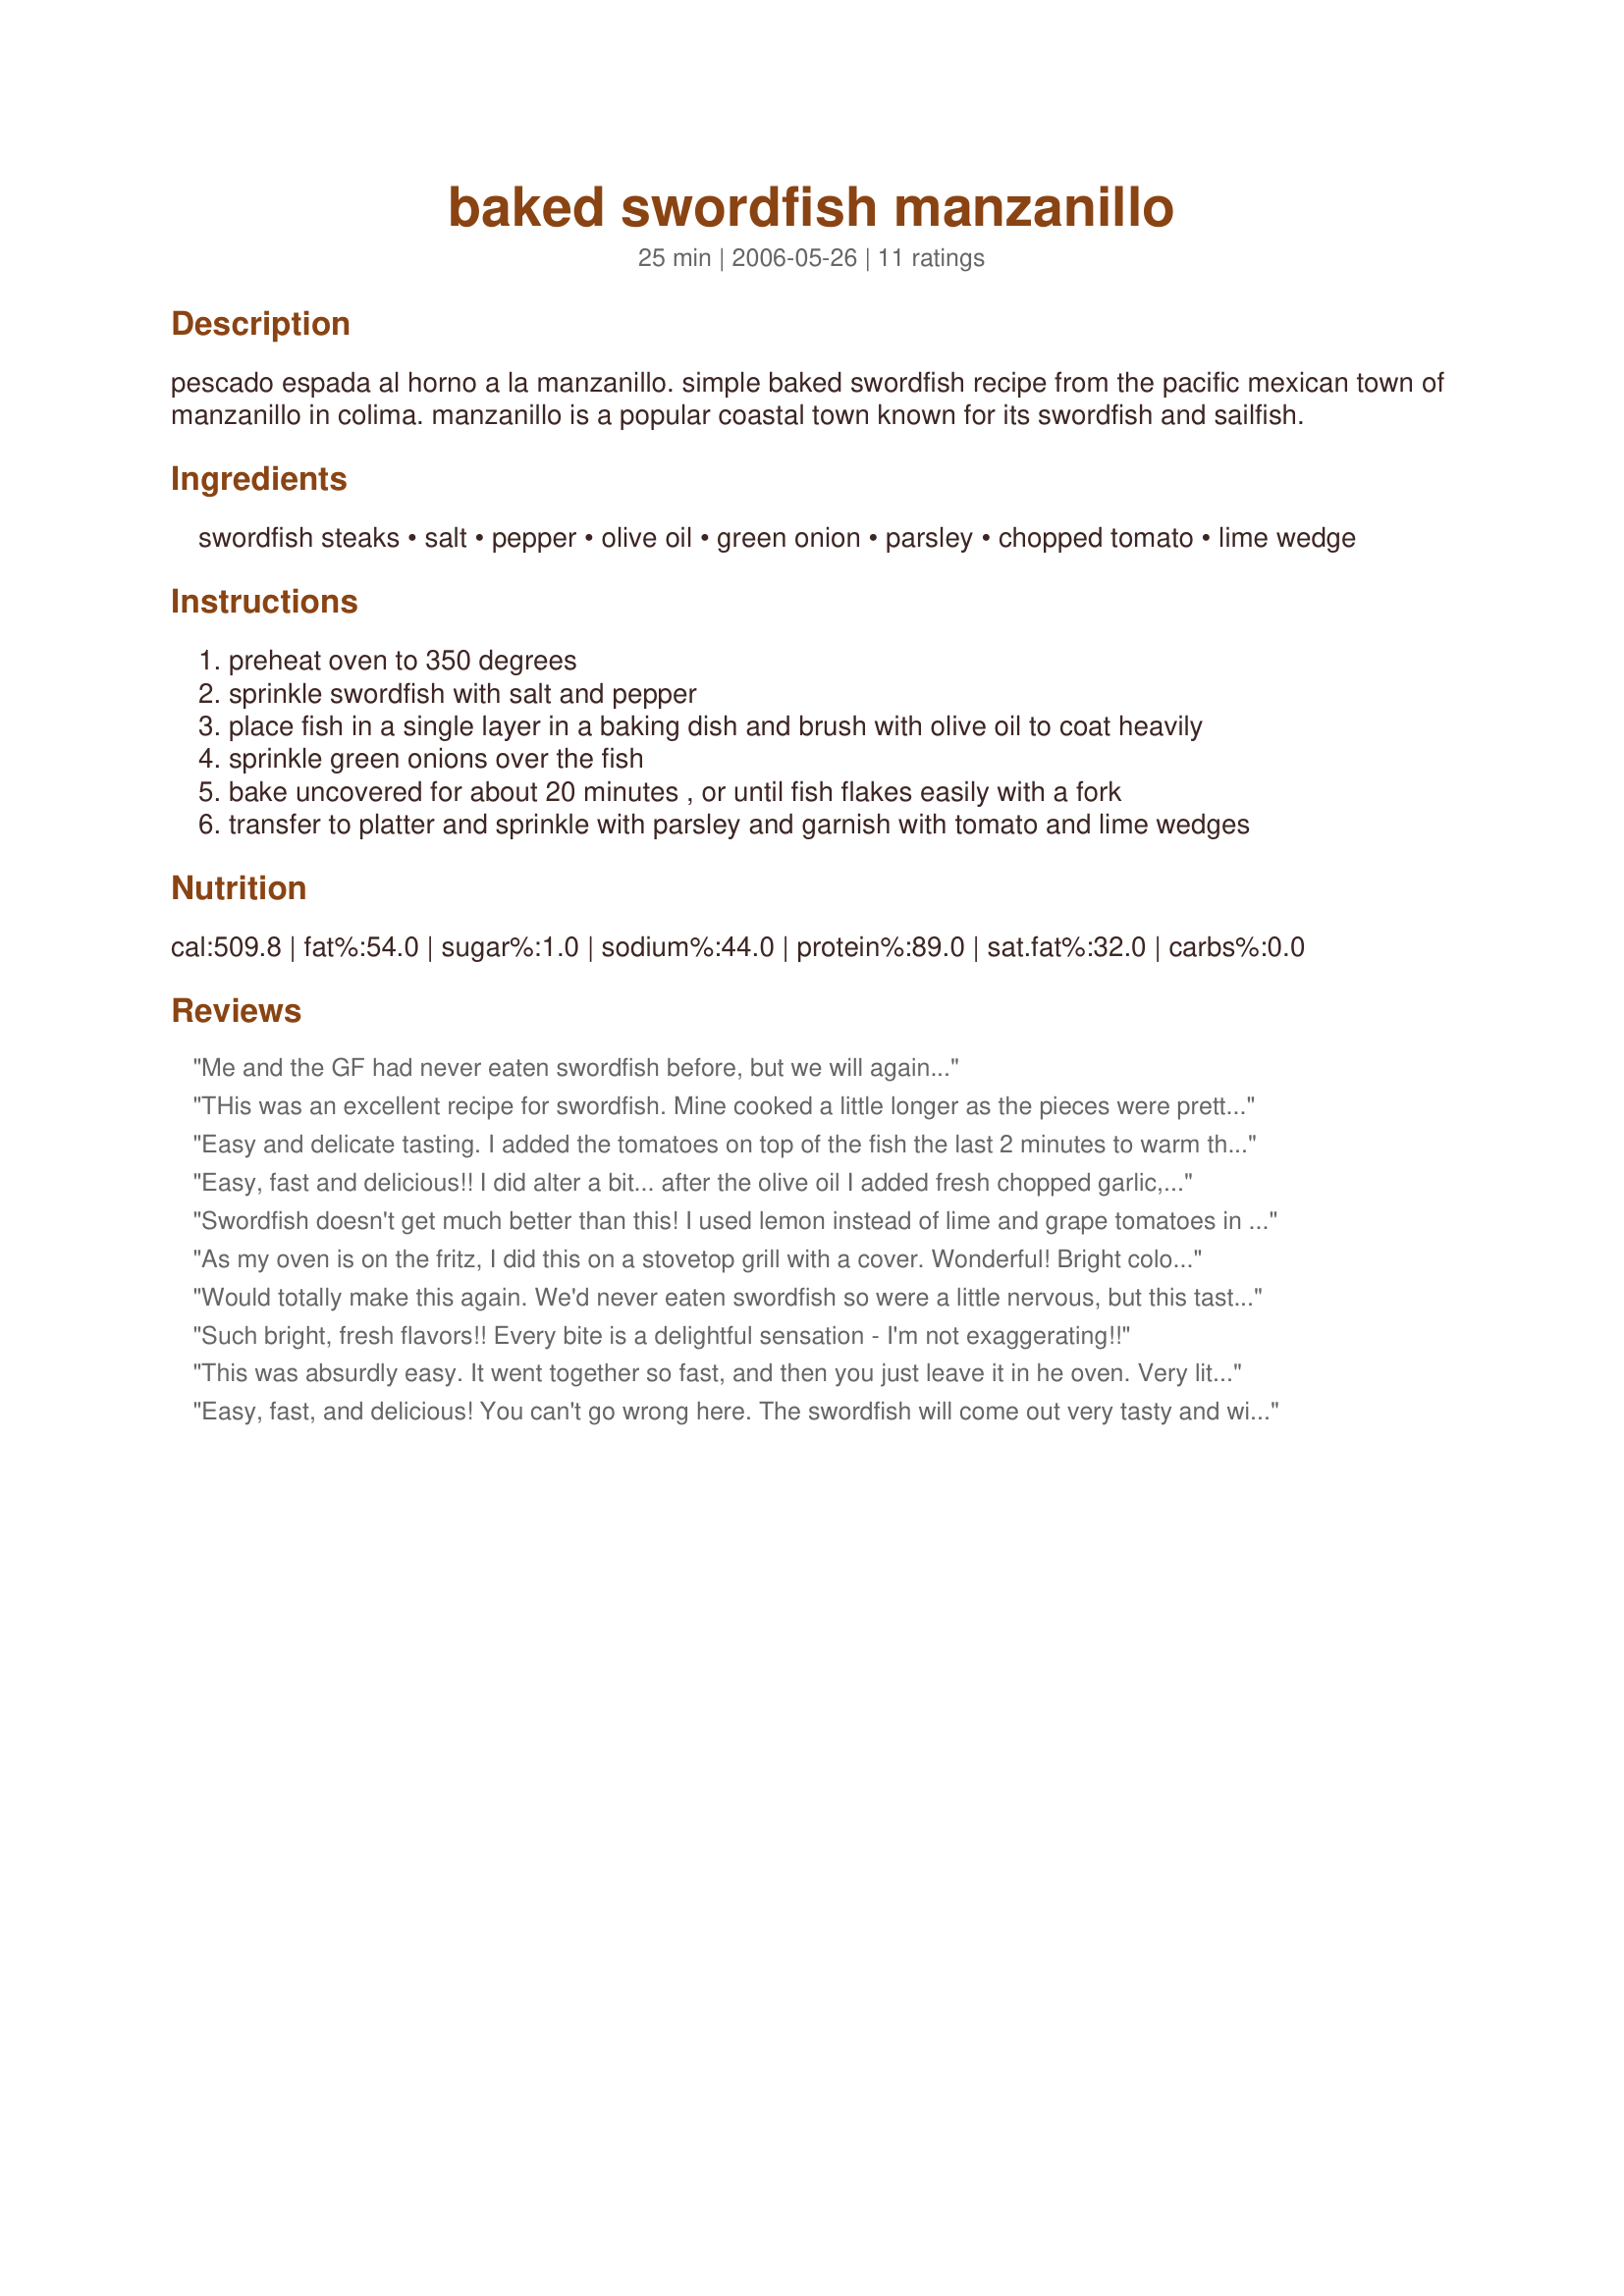
baked swordfish manzanillo
Preparation time: 25 minutes

pescado espada al horno a la manzanillo. simple baked swordfish recipe from the pacific mexican town of manzanillo in colima. manzanillo is a popular coastal town known for its swordfish and sailfish.

Ingredients:
swordfish steaks, salt, pepper, olive oil, green onion, parsley, chopped tomato, lime wedge

Steps:
preheat oven to 350 degrees
sprinkle swordfish with salt and pepper
place fish in a single layer in a baking dish and brush with olive oil to coat heavily
sprinkle green onions over the fish
bake uncovered for about 20 minutes , or until fish flakes easily with a fork
transfer to platter and sprinkle with parsley and garnish with tomato and lime wedges

Reviews:
Me and the GF had never eaten swordfish before, but we will again...
THis was an excellent recipe for swordfish. Mine cooked a little longer as the pieces were pretty thick. I used lime flavored olive oil and it was perfect.
Easy and delicate tasting. I added the tomatoes on top of the fish the last 2 minutes to warm them up since I don't like cold tomatoes (personal preference). The key is to get a fresh piece of swordfish. Make a world of difference IMHO.
Easy, fast and delicious!! I did alter a bit... after the olive oil I added fresh chopped garlic, then added the juice of a 1/2 lemon on top of the green onion. Sooo yummy!
Swordfish doesn't get much better than this! I used lemon instead of lime and grape tomatoes in place of the chopped tomatoes. I cut them in half and added at the end of cooking to warm them before serving. Delicious choice to serve my company. Mom and Dad were very happy with this one and give it 10 stars between the two of them, so 5 stars it is since it doesn't go any higher!
As my oven is on the fritz, I did this on a stovetop grill with a cover. Wonderful! Bright colors; bright flavors without overwhelming the taste of the swordfish itself. Thanks, Cheryl!
Would totally make this again. We'd never eaten swordfish so were a little nervous, but this tasted fantastic. Thanks!
Such bright, fresh flavors!! Every bite is a delightful sensation - I'm not exaggerating!!
This was absurdly easy. It went together so fast, and then you just leave it in he oven. Very little effort, with a really satisfying meal at the end.
Easy, fast, and delicious! You can't go wrong here. The swordfish will come out very tasty and with green onions and tomatoes it will make a light lunch. Wonderful. I've used little cherry tomatoes here and add them a few minutes towards the end to warm the up a bit. I forgot the parsley, but didn't miss it. Thanks for adding such a great recipe.
This was a very EASY and tasty meal! EXCELLENT!!! I did alter the recipe a bit. First of all, I barely used any salt because I actually ran out. And "brushing the swodfish with olive oil" consisited of me pouring a tiny bit of canola on both sides. I also added chopped garlic (yum!) and chopped brown onion. I forgot the lime, so instead used lemon. The end result was very delicious! The garlic just took the recipe to the top and the lemon wasn't too bad either. :) GOOD ONE!
